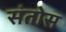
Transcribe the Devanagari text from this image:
संतोस